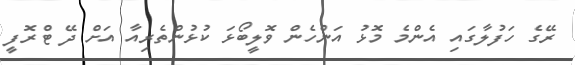
ރޭގެ ހަފުލާގައި އެންމެ މޮޅު އަންހެން ވޮލީބޯޅަ ކުޅުންތެރިއާ އަށް ދޭ ޓްރޮފީ